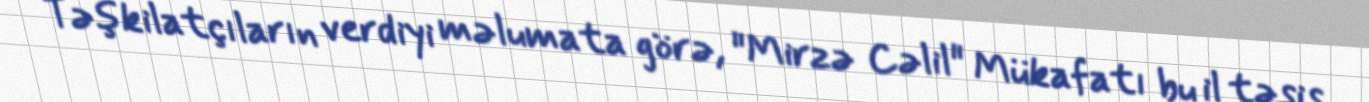
Təşkilatçıların verdiyi məlumata görə, "Mirzə Cəlil" Mükafatı bu il təsis